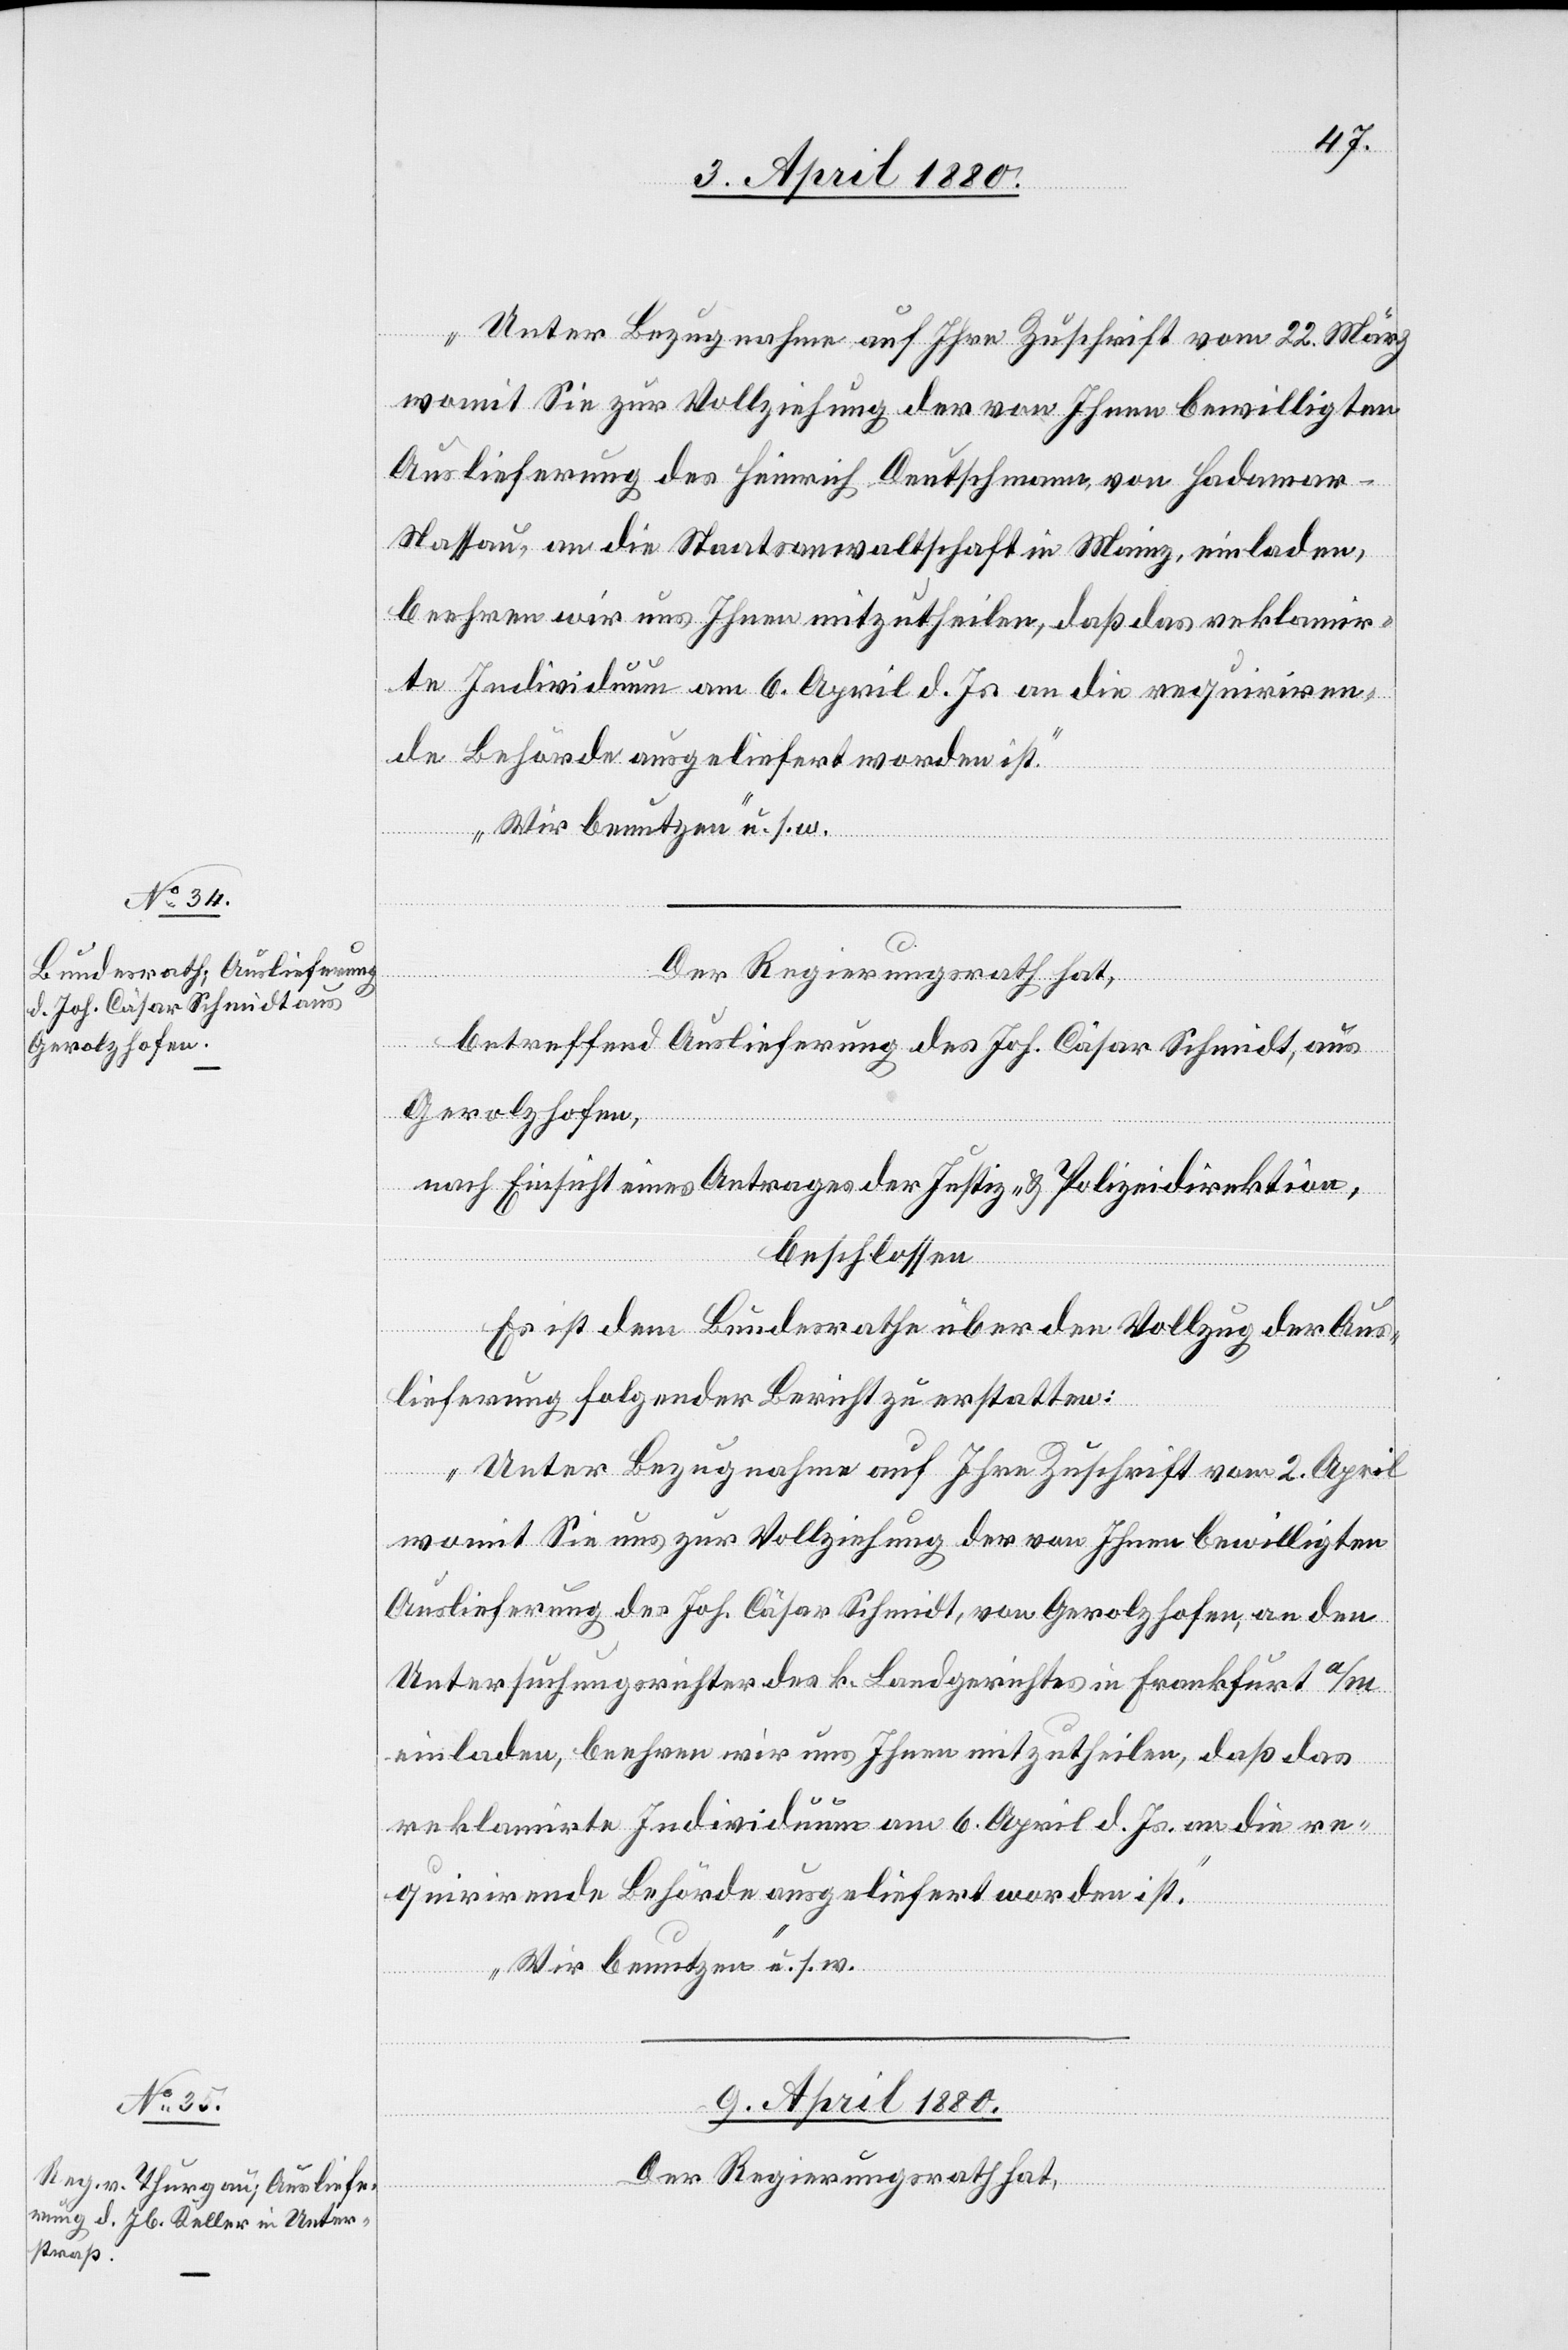
„Unter Bezugnahme auf Ihre Zuschrift vom 22. März,
womit Sie zur Vollziehung der von Ihnen bewilligten
Auslieferung des Heinrich Deutschmann von Hadomar
Nassau, an die Staatsanwaltschaft in Mainz, einladen,
beehren wir uns Ihnen mitzutheilen, daß das reklamir¬
te Individuum am 6. April d. Js. an die requiriren¬
de Behörde ausgeliefert worden ist.
Wir benutzen“ u. s. w.
ial-Verfügungen.]
Der Regierungsrath hat,
betreffend Auslieferung des Joh. Cäsar Schmidt, aus
Gerolzhofen,
nach Einsicht eines Antrages der Justiz- & Polizeidirektion,
beschlossen:
Es ist dem Bundesrathe über den Vollzug der Aus¬
lieferung folgender Bericht zu erstatten:
„Unter Bezugnahme auf Ihre Zuschrift vom 2. April
womit Sie uns zur Vollziehung der von Ihnen bewilligten
Auslieferung des Joh. Cäsar Schmidt, von Gerolzhofen, an den
Untersuchungsrichter des k. Landgerichtes in Frankfurt a/M.
einladen, beehren wir uns Ihnen mitzutheilen, daß das
reklamirte Individuum am 6. April d. Js. an die re¬
quirirende Behörde ausgeliefert worden ist.
[Präsid¬
Wir benutzen“ u. s. w.
9. April 1880.